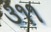
૩૧૧